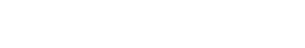
နာတာရှာက မျက်ရည်များကြားမှ ပြုံးလိုက်၏။